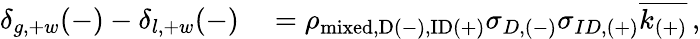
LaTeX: \begin{array}{rl}{\delta_{g,+w}(-)-\delta_{l,+w}(-)}&{{}=\rho_{\mathrm{{mixed},D(-),ID(+)}}\sigma_{D,(-)}\sigma_{ID,(+)}\overline{{k_{(+)}}}\, ,}\end{array}